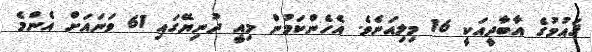
ޤައުމުގެ އާބާދީއަކީ 16 މިލިއަނެވެ. އެހެންކަމުން މިއީ ދުނިޔޭގައި 61 ވަނައަށް އެންމެ